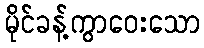
မိုင်ခန့်ကွာဝေးသော